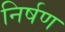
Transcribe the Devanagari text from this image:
निर्षण